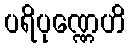
ပရိပုဏ္ဏေဟိ